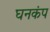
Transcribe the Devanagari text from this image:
घनकंप